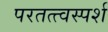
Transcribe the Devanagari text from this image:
परतत्त्वस्पर्श